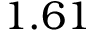
1 . 6 1